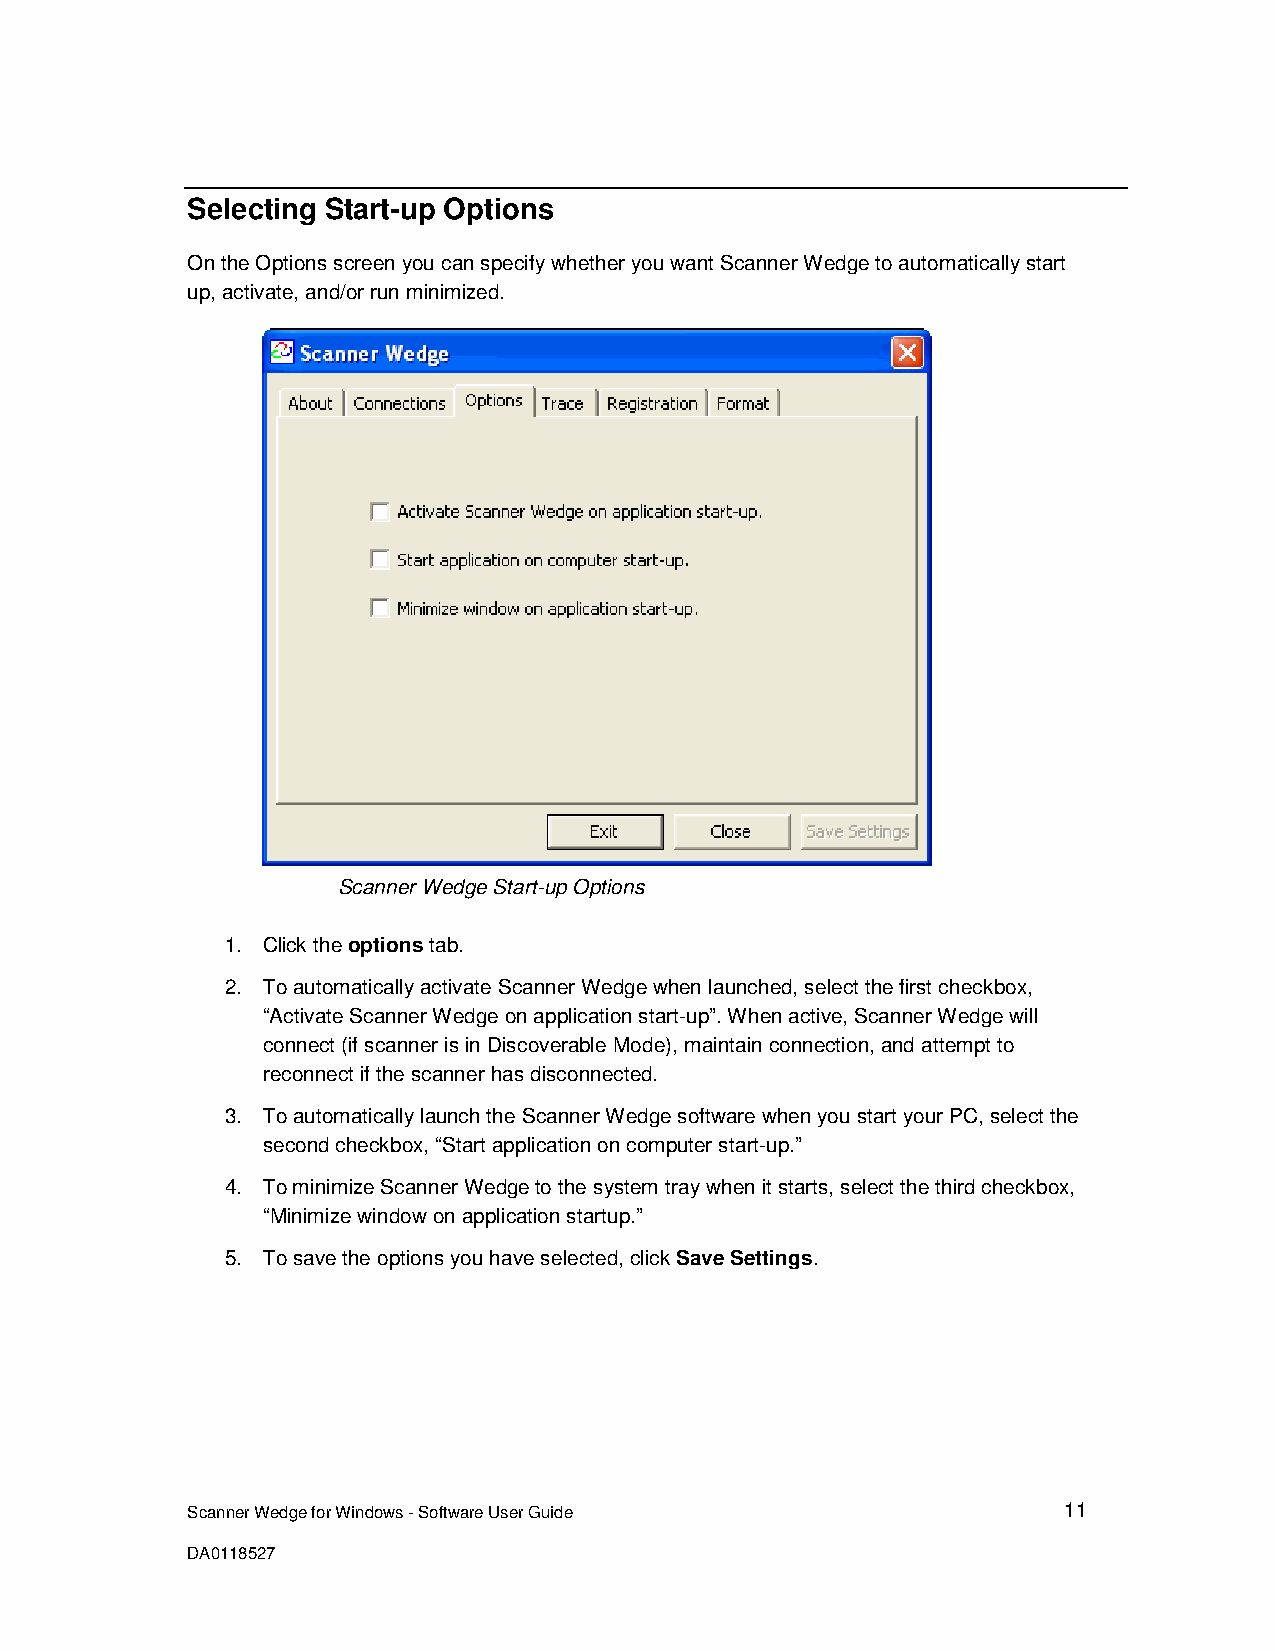
Selecting Start-up Options
 On the Options screen you can specify whether you want Scanner Wedge to automatically start
 up, activate, and/or run minimized.
 Scanner Wedge Start-up Options
 1. Click the options tab.
 2. To automatically activate Scanner Wedge when launched, select the first checkbox,
 “Activate Scanner Wedge on application start-up”. When active, Scanner Wedge will
 connect (if scanner is in Discoverable Mode), maintain connection, and attempt to
 reconnect if the scanner has disconnected.
 3. To automatically launch the Scanner Wedge software when you start your PC, select the
 second checkbox, “Start application on computer start-up.”
 4. To minimize Scanner Wedge to the system tray when it starts, select the third checkbox,
 “Minimize window on application startup.”
 5. To save the options you have selected, click Save Settings.
 Scanner Wedge for Windows - Software User Guide           11
 DA0118527